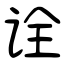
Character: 诠